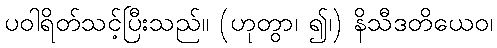
ပဝါရိတ်သင့်ပြီးသည်။ (ဟုတွာ၊ ၍၊) နိသီဒတိယေဝ၊